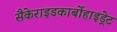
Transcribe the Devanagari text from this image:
सैकेराइडकार्बोहाइड्रेट